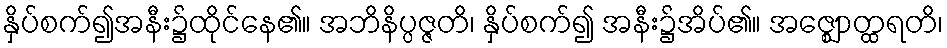
နှိပ်စက်၍အနီး၌ထိုင်နေ၏။ အဘိနိပ္ပဇ္ဇတိ၊ နှိပ်စက်၍ အနီး၌အိပ်၏။ အဇ္ဈောတ္ထရတိ၊